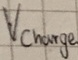
Text: Vcharge